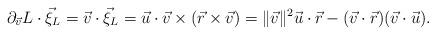
LaTeX: \begin{align*} \partial_{\vec v}L\cdot\vec \xi_{L} =\vec v\cdot\vec \xi_{L}= \vec u\cdot \vec v\times (\vec r\times \vec v) =\lVert\vec v\rVert^2\vec u\cdot\vec r -(\vec v\cdot \vec r)(\vec v\cdot \vec u).\end{align*}